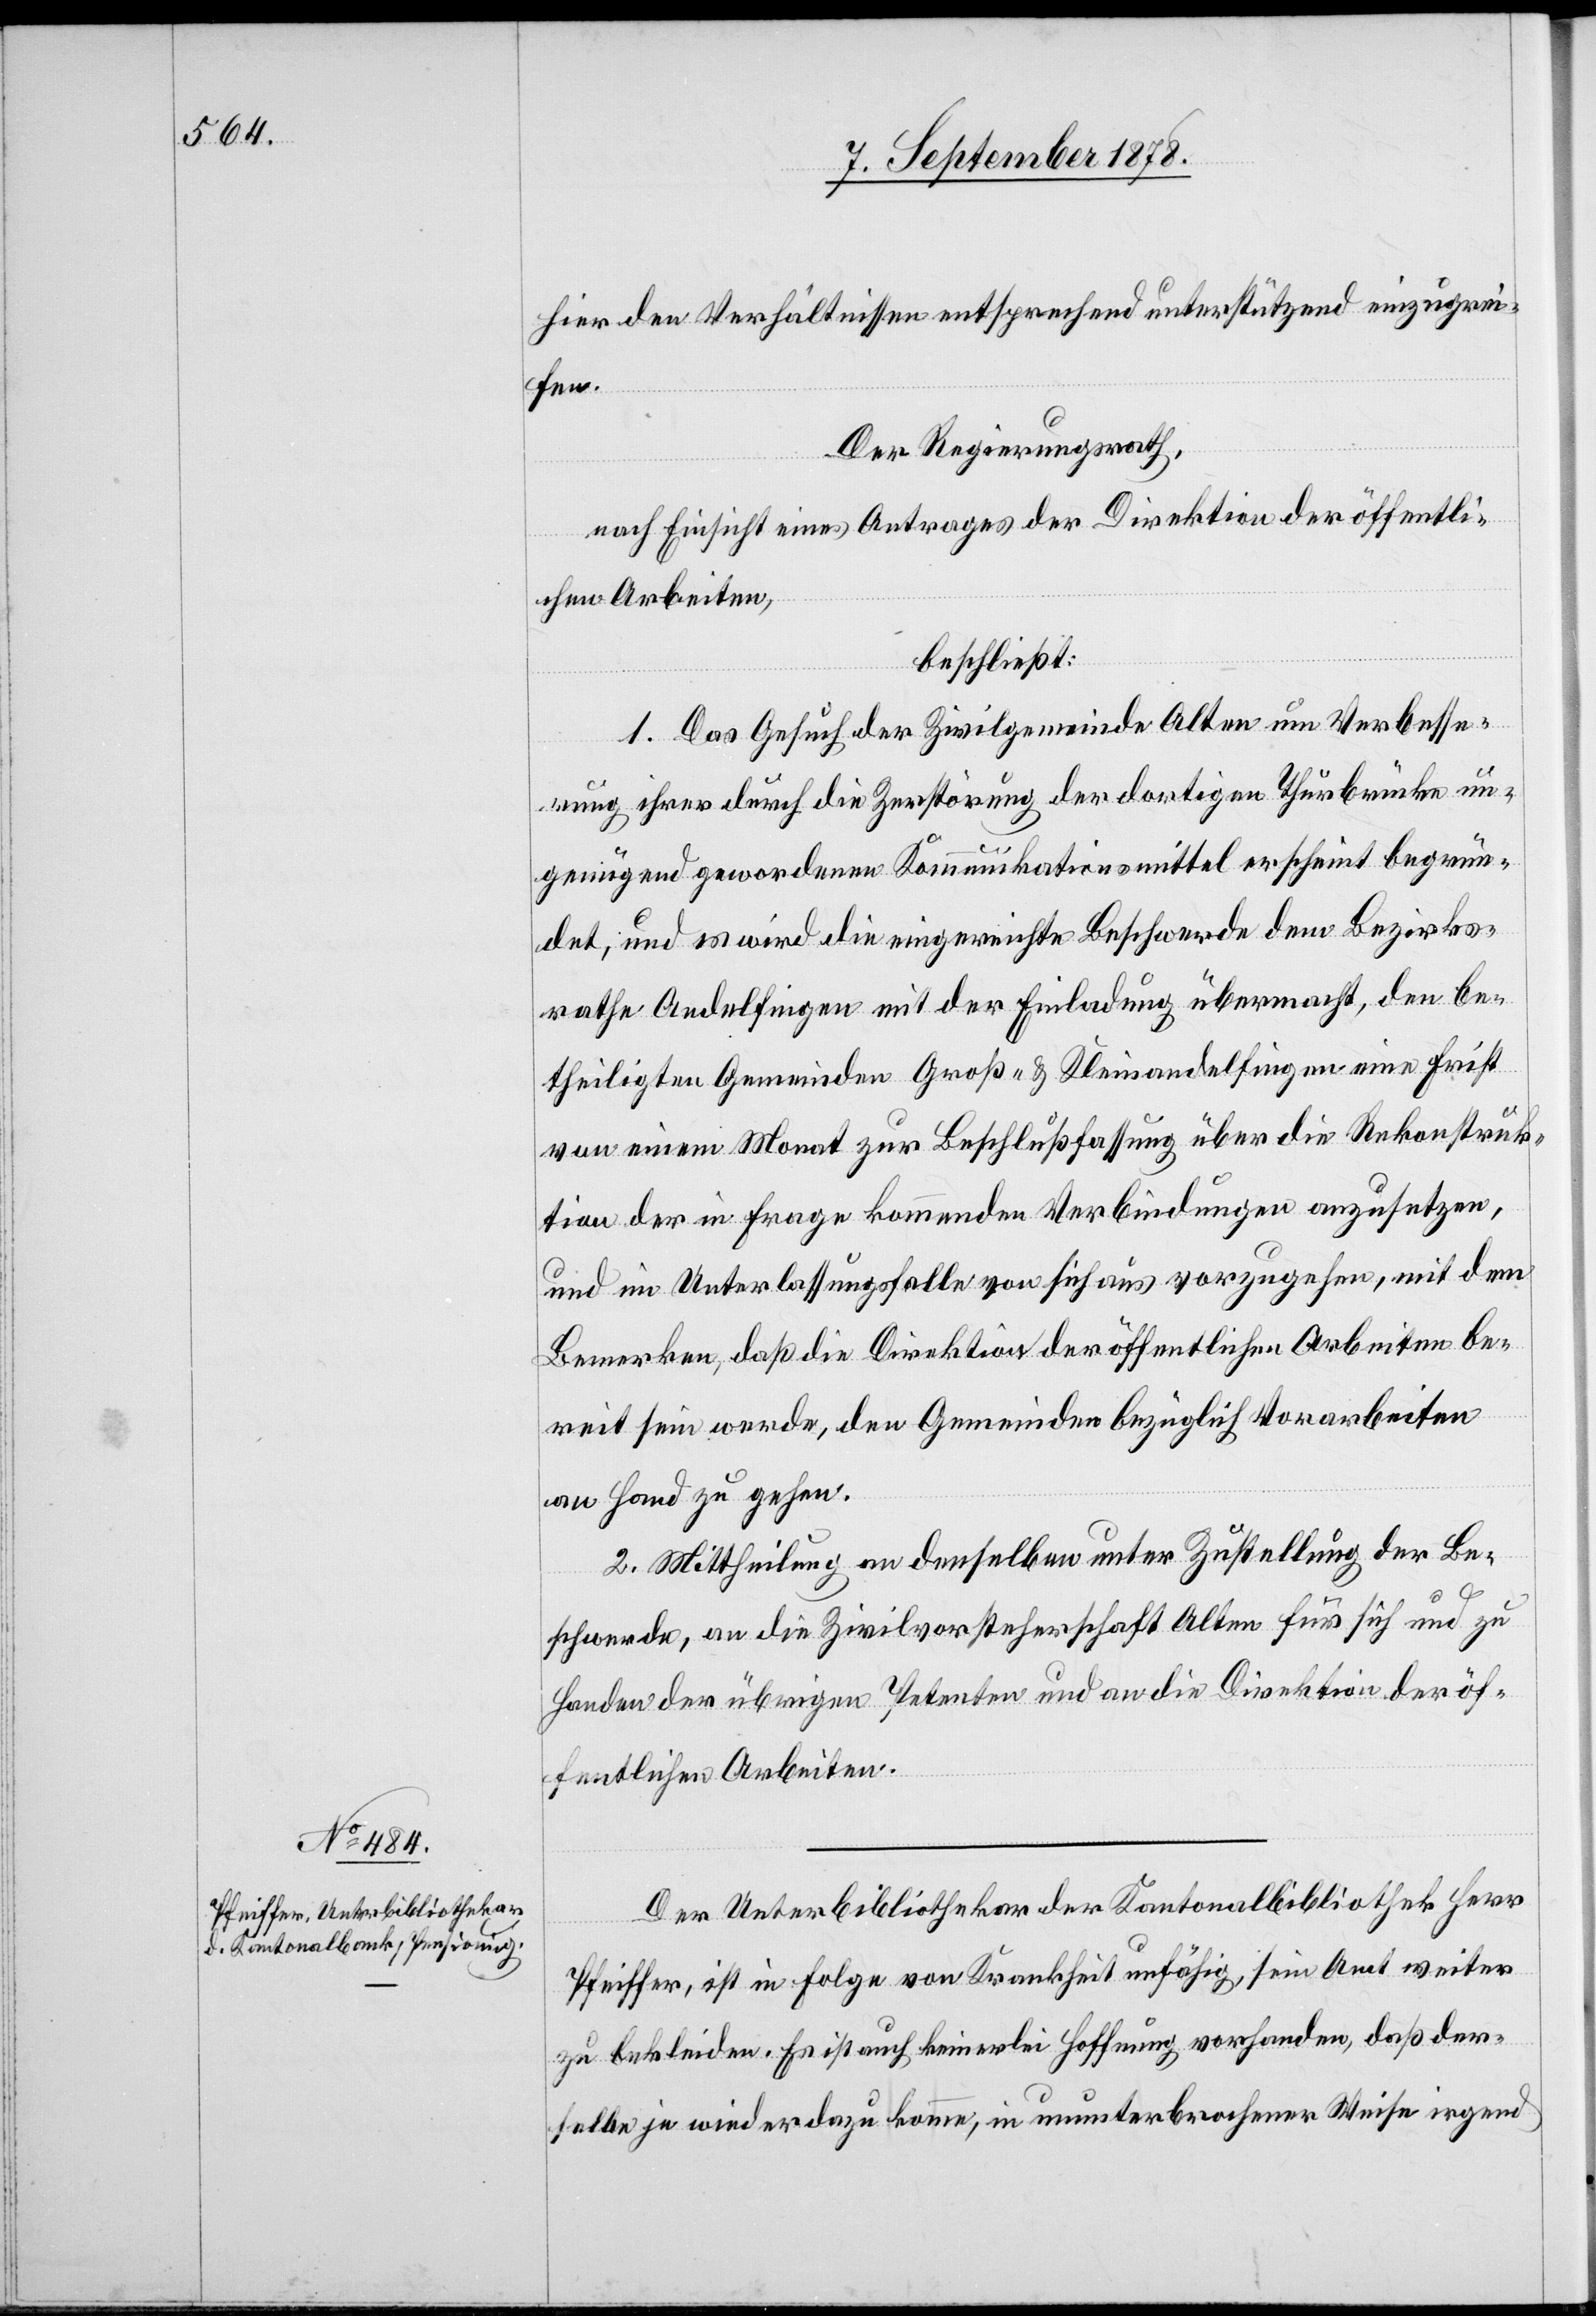
hier den Verhältnissen entsprechend unterstützend einzugrei¬
fen.
Der Regierungsrath,
nach Einsicht eines Antrages der Direktion der öffentli¬
chen Arbeiten,
beschließt:
1. Das Gesuch der Zivilgemeinde Alten um Verbesse¬
rung ihrer durch die Zerstörung der dortigen Thurbrücke un¬
genügend gewordenen Kommunikationsmittel erscheint begrün¬
det, und es wird die eingereichte Beschwerde dem Bezirks¬
rathe Andelfingen mit der Einladung übermacht, den be¬
theiligten Gemeinden Groß- & Kleinandelfingen eine Frist
von einem Monat zur Beschlussfassung über die Rekonstruk¬
tion der in Frage kommenden Verbindungen anzusetzen,
und im Unterlassungsfalle von sich aus vorzugehen, mit dem
Bemerken, daß die Direktion der öffentlichen Arbeiten be¬
reit sein werde, den Gemeinden bezüglich Vorarbeiten
an Hand zu gehen.
2. Mittheilung an denselben unter Zustellung der Be¬
schwerde, an die Zivilvorsteherschaft Alten für sich und zu
Handen der übrigen Petenten und an die Direktion der öf¬
fentlichen Arbeiten.
Der Unterbibliothekar der Kantonalbibliothek Herr
Pfeiffer, ist in Folge von Krankheit unfähig, sein Amt weiter
zu bekleiden. Es ist auch keinerlei Hoffnung vorhanden, daß der¬
selbe je wieder dazu komme, in ununterbrochener Weise irgend